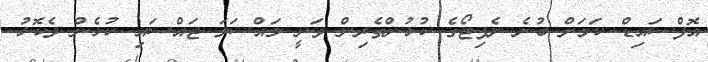
އޮފްސައިޑް ކަމަށް ބުނެ ނެޕިޓޯގެ ކުޅުންތެރިން ވަނީ މައްސަލަ ޖައްސައި ކުޅެން ދެކޮޅު